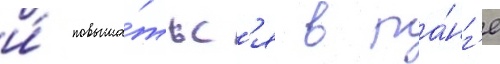
и́ повыша́тьс'я в ра́нг'е